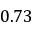
0 . 7 3